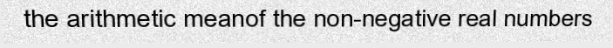
the arithmetic meanof the non-negative real numbers